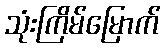
သုံးကြိမ်မြောက်